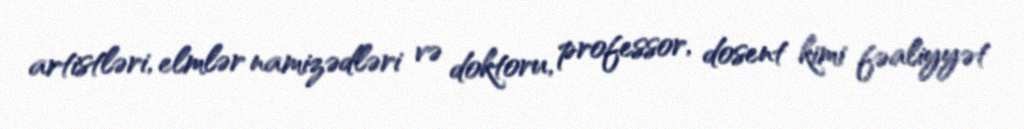
artistləri, elmlər namizədləri və doktoru, professor, dosent kimi fəaliyyət